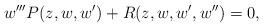
LaTeX: \begin{align*}w'''P(z,w, w') +R(z,w, w',w'')=0,\end{align*}